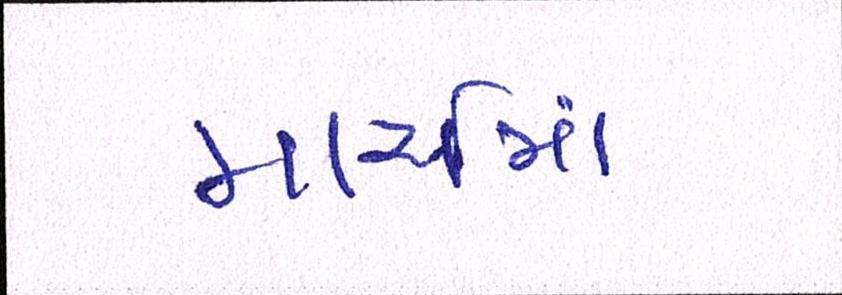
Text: માર્ચમાં